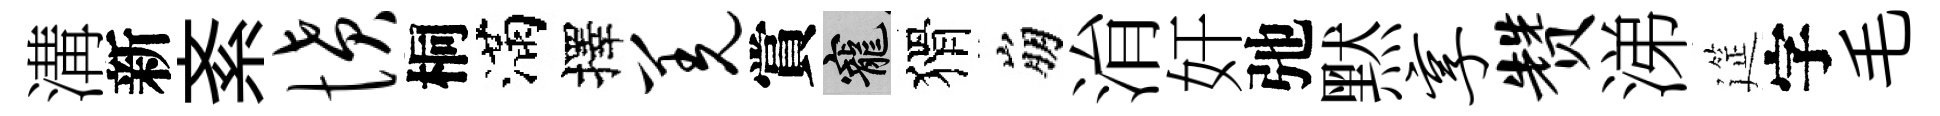
溝新紊愤桐滿擇羌賞寵猾崩㳙奸弛黙享赞涕筵字毛